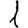
Digit: 1